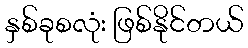
နှစ်ခုစလုံး ဖြစ်နိုင်တယ်